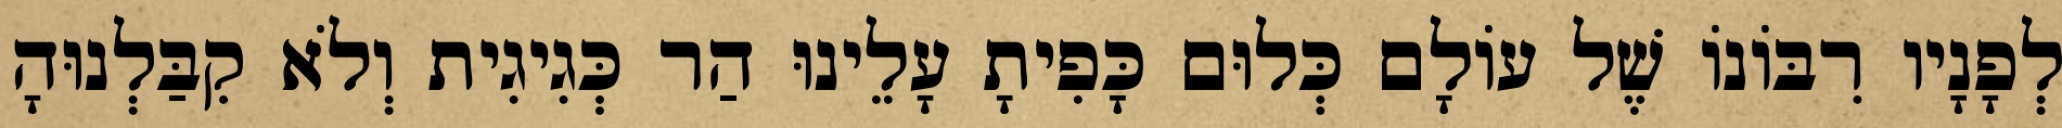
לְפָנָיו רִבּוֹנוֹ שֶׁל עוֹלָם כְּלוּם כָּפִיתָ עָלֵינוּ הַר כְּגִיגִית וְלֹא קִבַּלְנוּהָ